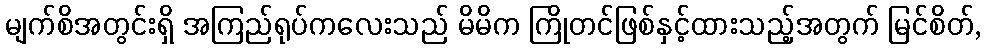
မျက်စိအတွင်းရှိ အကြည်ရုပ်ကလေးသည် မိမိက ကြိုတင်ဖြစ်နှင့်ထားသည့်အတွက် မြင်စိတ်,